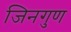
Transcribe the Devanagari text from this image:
जिनगुण